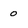
Character: 0